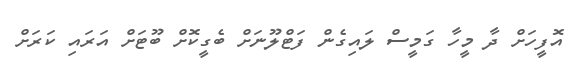
އޮފީހަށް ދާ މީހާ ގަމީސް ލައިގެން ފަޓްލޫނަށް ބެގީކޮށް ބޫޓަށް އަރައި ކަރަށް